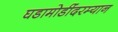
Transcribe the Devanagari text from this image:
घडामोडींदरम्यान